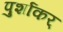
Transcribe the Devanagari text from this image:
पुर्शाकर्